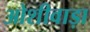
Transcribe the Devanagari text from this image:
ओशीवाड़ा